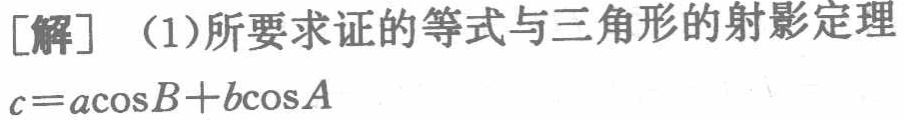
[解] （1）所要求证的等式与三角形的射影定理
\(c = a\cos B + b\cos A\)